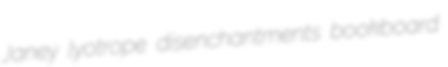
Janey lyotrope disenchantments bookboard